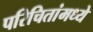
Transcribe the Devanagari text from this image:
परिचितांमध्ये